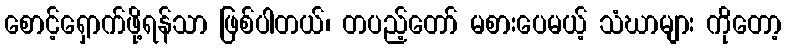
စောင့်ရှောက်ဖို့ရန်သာ ဖြစ်ပါတယ်၊ တပည့်တော် မစားပေမယ့် သံဃာများ ကိုတော့